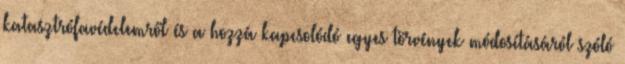
katasztrófavédelemről és a hozzá kapcsolódó egyes törvények módosításáról szóló